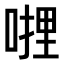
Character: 𭉜